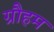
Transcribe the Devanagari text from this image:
ग्रौहम